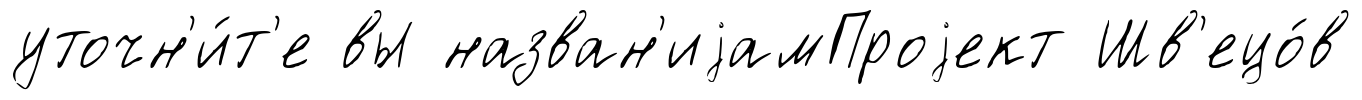
уточн'и́т'е вы назван'иjамПроjект Шв'ецо́в